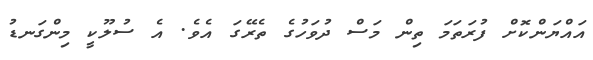
އައްޔަންކޮށް ފުރަތަމަ ތިން މަސް ދުވަހުގެ ތެރޭގަ އެވެ. އެ ސުލޫކީ މިންގަނޑު